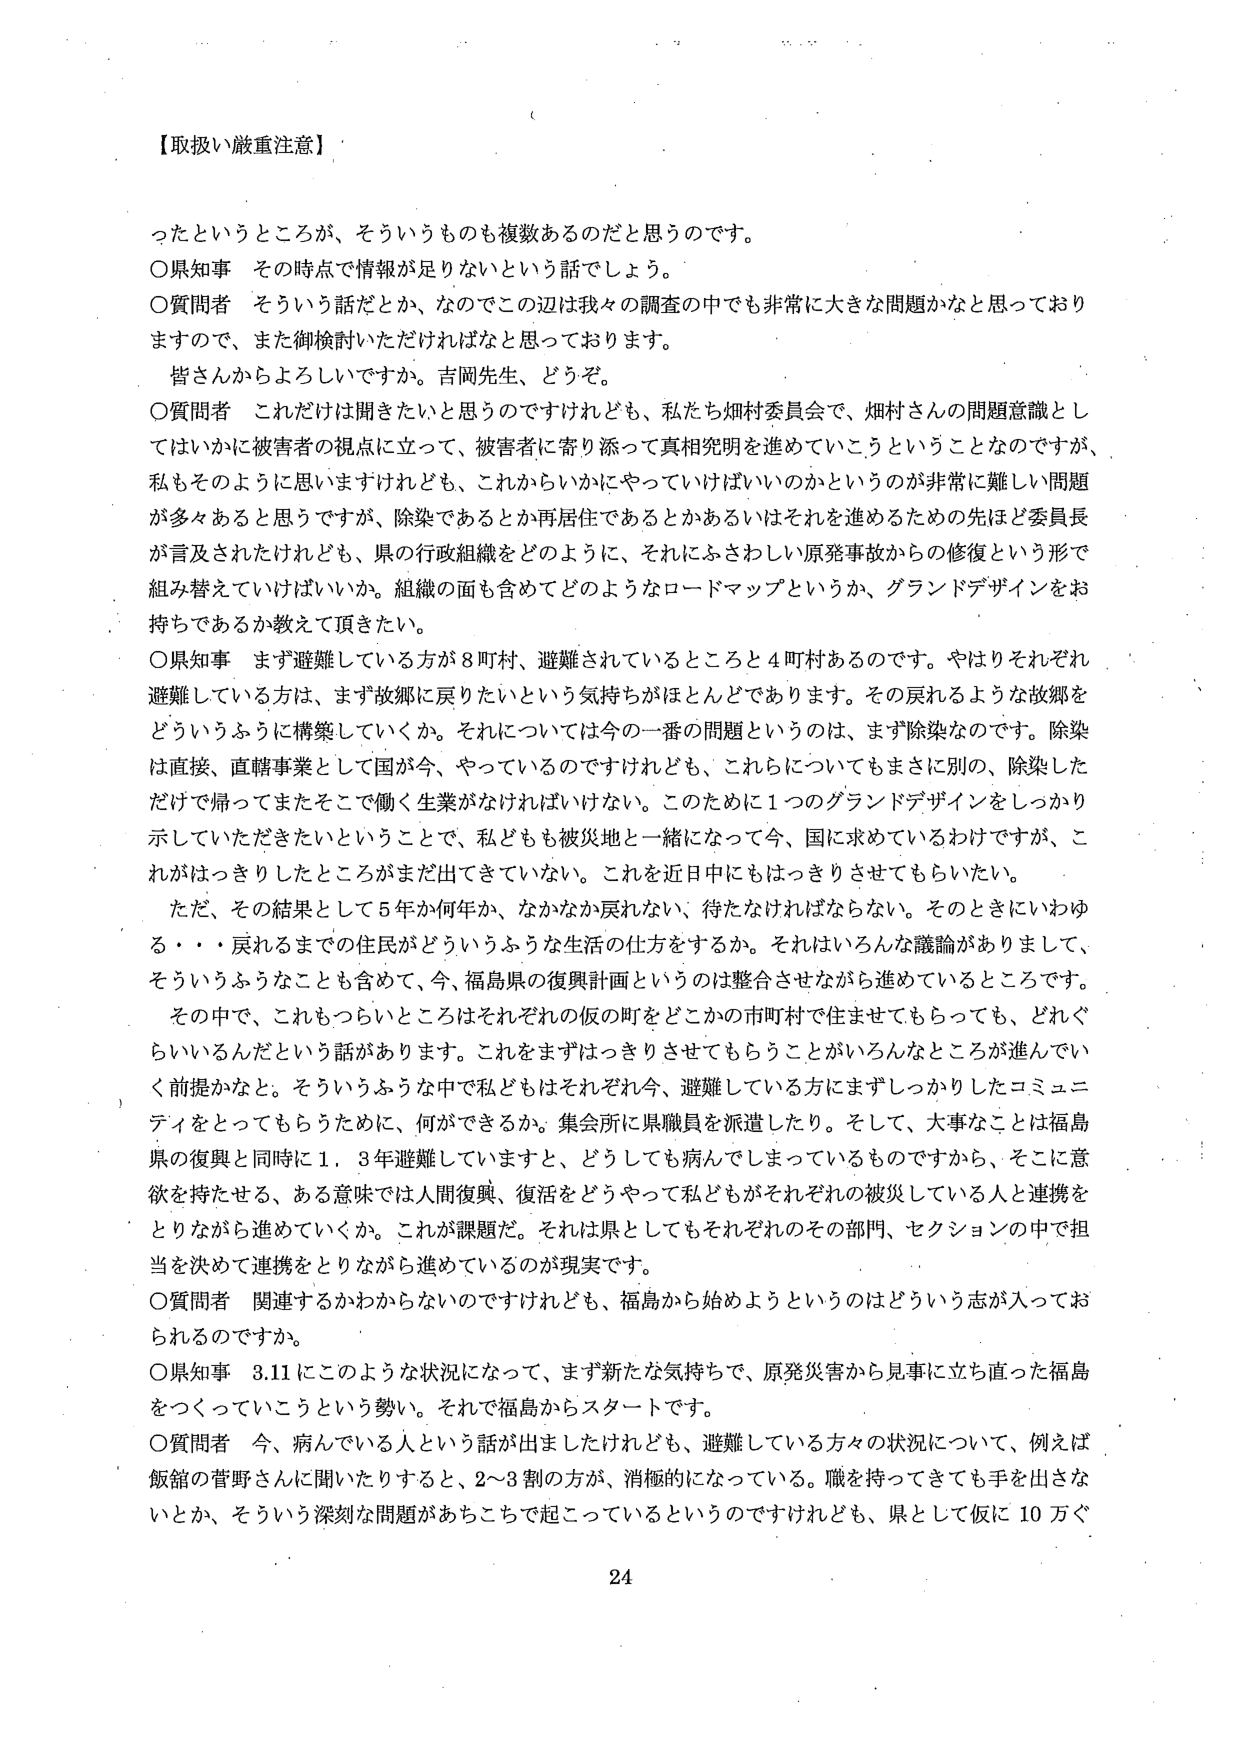
【取扱い厳重注意】

ったというところが、そういうものも複数あるのだと思うのです。
〇県知事　その時点で情報が足りないという話でしょう。
〇質問者　そういう話だとか、なのでこの辺は我々の調査の中でも非常に大きな問題かなと思っておりますので、また御検討いただければなと思っております。
　皆さんからよろしいですか。吉岡先生、どうぞ。
〇質問者　これだけは聞きたいと思うのですけれども、私たち畑村委員会で、畑村さんの問題意識としてはいかに被害者の視点に立って、被害者に寄り添って真相究明を進めていこうということなのですが、私もそのように思いますけれども、これからいかにやっていけばいいのかというのが非常に難しい問題が多々あると思うですが、除染であるとか再居住であるとかあるいはそれを進めるための先ほど委員長が言及されたけれども、県の行政組織をどのように、それにふさわしい原発事故からの修復という形で組み替えていけばいいか。組織の面も含めてどのようなロードマップというか、グランドデザインをお持ちであるか教えて頂きたい。
〇県知事　まず避難している方が８町村、避難されているところと４町村あるのです。やはりそれぞれ避難している方は、まず故郷に戻りたいという気持ちがほとんどであります。その戻れるような故郷をどういうふうに構築していくか。それについては今の一番の問題というのは、まず除染なのです。除染は直接、直轄事業として国が今、やっているのですけれども、これらについてもまさに別の、除染しただけで帰ってまたそこで働く生業がなければいけない。このために１つのグランドデザインをしっかり示していただきたいということで、私どもも被災地と一緒になって今、国に求めているわけですが、これがはっきりしたところがまだ出てきていない。これを近日中にもはっきりさせてもらいたい。
　ただ、その結果として５年か何年か、なかなか戻れない、待たなければならない。そのときにいわゆる・・・戻れるまでの住民がどういうふうな生活の仕方をするか。それはいろんな議論がありまして、そういうふうなことも含めて、今、福島県の復興計画というのは整合させながら進めているところです。
　その中で、これもつらいところはそれぞれの仮の町をどこかの市町村で住ませてもらっても、どれぐらいいるんだという話があります。これをまずはっきりさせてもらうことがいろんなところが進んでいく前提かなと。そういうふうな中で私どもはそれぞれ今、避難している方にまずしっかりしたコミュニティをとってもらうために、何ができるか。集会所に県職員を派遣したり。そして、大事なことは福島県の復興と同時に１．３年避難していますと、どうしても病んでしまっているものですから、そこに意欲を持たせる、ある意味では人間復興、復活をどうやって私どもがそれぞれの被災している人と連携をとりながら進めていくか。これが課題だ。それは県としてもそれぞれのその部門、セクションの中で担当を決めて連携をとりながら進めているのが現実です。
〇質問者　関連するかわからないのですけれども、福島から始めようというのはどういう志が入っておられるのですか。
〇県知事　3.11にこのような状況になって、まず新たな気持ちで、原発災害から見事に立ち直った福島をつくっていこうという勢い。それで福島からスタートです。
〇質問者　今、病んでいる人という話が出ましたけれども、避難している方々の状況について、例えば飯舘の菅野さんに聞いたりすると、2～3割の方が、消極的になっている。職を持ってきても手を出さないとか、そういう深刻な問題があちこちで起こっているというのですけれども、県として仮に10万ぐ

24